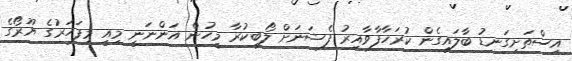
އިސްތަށިގަނޑު ބާލައިގެން ކުރަހާފާވާއިރު ފެޝަނަށް ލޯބިކުރާ މީހުން އަންނަނީ މިއީ މިފަހަރުގެ ޔޫރޯގެ